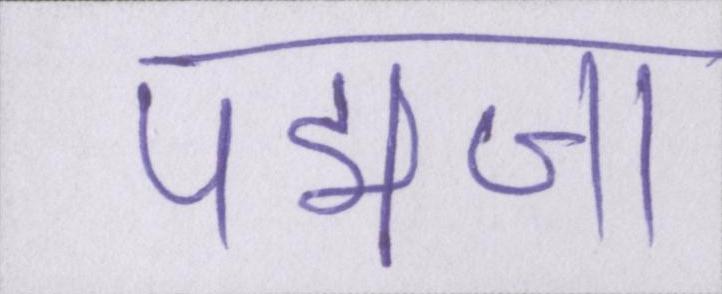
पद्मजा